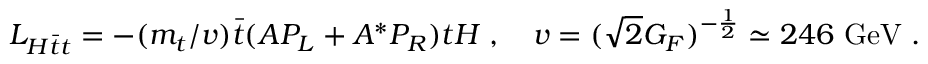
{ \cal L } _ { H \bar { t } t } = - ( m _ { t } / v ) \bar { t } ( A P _ { L } + A ^ { * } P _ { R } ) t H \; , \quad v = ( \sqrt { 2 } G _ { F } ) ^ { - { \frac { 1 } { 2 } } } \simeq 2 4 6 \mathrm { ~ G e V } \; .